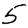
Digit: 5